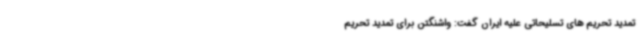
تمدید تحریم های تسلیحاتی علیه ایران گفت: واشنگتن برای تمدید تحریم